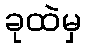
ခုထဲမှ